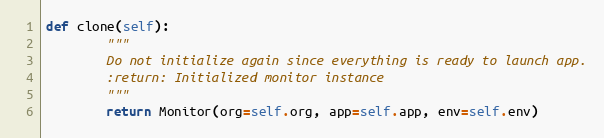
Language: Python
def clone(self):
        """
        Do not initialize again since everything is ready to launch app.
        :return: Initialized monitor instance
        """
        return Monitor(org=self.org, app=self.app, env=self.env)